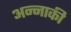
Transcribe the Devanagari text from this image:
अन्नाकी